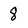
Character: 8